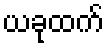
ယခုထက်